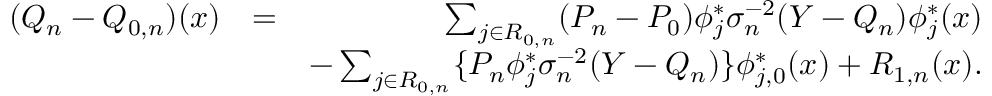
\begin{array} { r l r } { ( Q _ { n } - Q _ { 0 , n } ) ( x ) } & { = } & { \sum _ { j \in { \cal R } _ { 0 , n } } ( P _ { n } - P _ { 0 } ) \phi _ { j } ^ { * } \sigma _ { n } ^ { - 2 } ( Y - { Q _ { n } } ) \phi _ { j } ^ { * } ( x ) } \\ & { } & { - \sum _ { j \in { \cal R } _ { 0 , n } } \{ P _ { n } \phi _ { j } ^ { * } \sigma _ { n } ^ { - 2 } ( Y - Q _ { n } ) \} \phi _ { j , 0 } ^ { * } ( x ) + R _ { 1 , n } ( x ) . } \end{array}